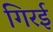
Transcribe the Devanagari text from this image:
गिरई